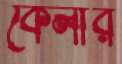
কেলার